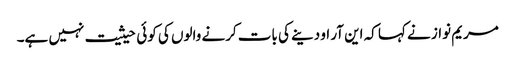
مریم نواز نے کہا کہ این آر او دینے کی بات کرنے والوں کی کوئی حیثیت نہیں ہے۔